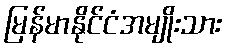
မြန်မာနိုင်ငံအမျိုးသား